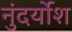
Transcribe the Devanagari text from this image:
नुंदर्योश